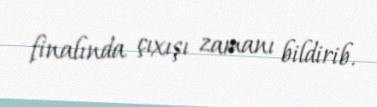
finalında çıxışı zamanı bildirib.